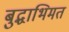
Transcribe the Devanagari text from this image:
बुद्धाभिमत